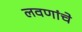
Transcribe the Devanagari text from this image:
लवणांचे